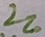
Text: 220